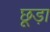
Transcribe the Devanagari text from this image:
छूड़ा